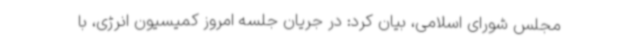
مجلس شورای اسلامی، بیان کرد: در جریان جلسه امروز کمیسیون انرژی، با